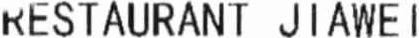
RESTAURANT JIAWEI